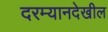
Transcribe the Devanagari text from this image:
दरम्यानदेखील